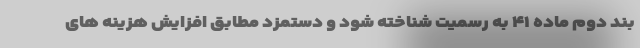
بند دوم ماده ۴۱ به رسمیت شناخته شود و دستمزد مطابق افزایش هزینه های